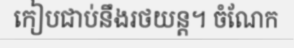
កៀបជាប់នឹងរថយន្ត។ ចំណែក